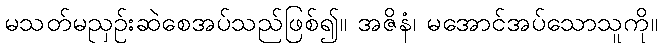
မသတ်မညှဉ်းဆဲစေအပ်သည်ဖြစ်၍။ အဇိနံ၊ မအောင်အပ်သောသူကို။